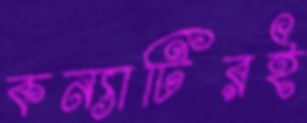
কন্যাটিরই